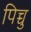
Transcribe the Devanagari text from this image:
पिच्चु